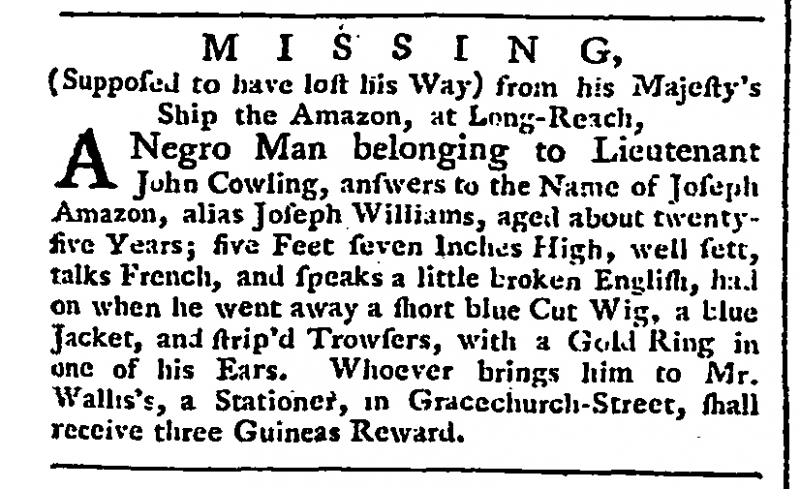
Public Ledger, Or, Daily Register of Commerce and Intelligence, 29 July 1760 (England)
                 M  I  S  S  I  N  G,(Supposed to have lost his Way) from his Majesty’s Ship the Amazon, at Long-Reach,  A Negro Man belonging to Lieutenant John Cowling, answers to the Name of Joseph Amazon, alias Joseph Williams, aged about twenty-five Years; five Feet seven Inches High, well sett, talks French, and speaks a little broken English, had on when he went away a short blue Cut Wig, a blue Jacket, and strip’d Trowsers, with a Gold Ring in one of his Ears. Whoever brings him to Mr. Wallis’s, a Stationer, in Gracechurch-Street, shall receive three Guineas Reward.